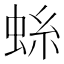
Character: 𫊺